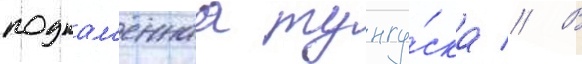
подкам'еннаа тунгу́ска // В